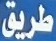
طريق